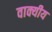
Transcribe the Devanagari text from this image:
वाक्यीय